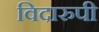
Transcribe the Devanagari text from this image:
विदारुपी